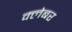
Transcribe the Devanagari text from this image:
क्लेबर